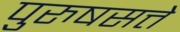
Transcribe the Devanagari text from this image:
पुरुषसत्ते